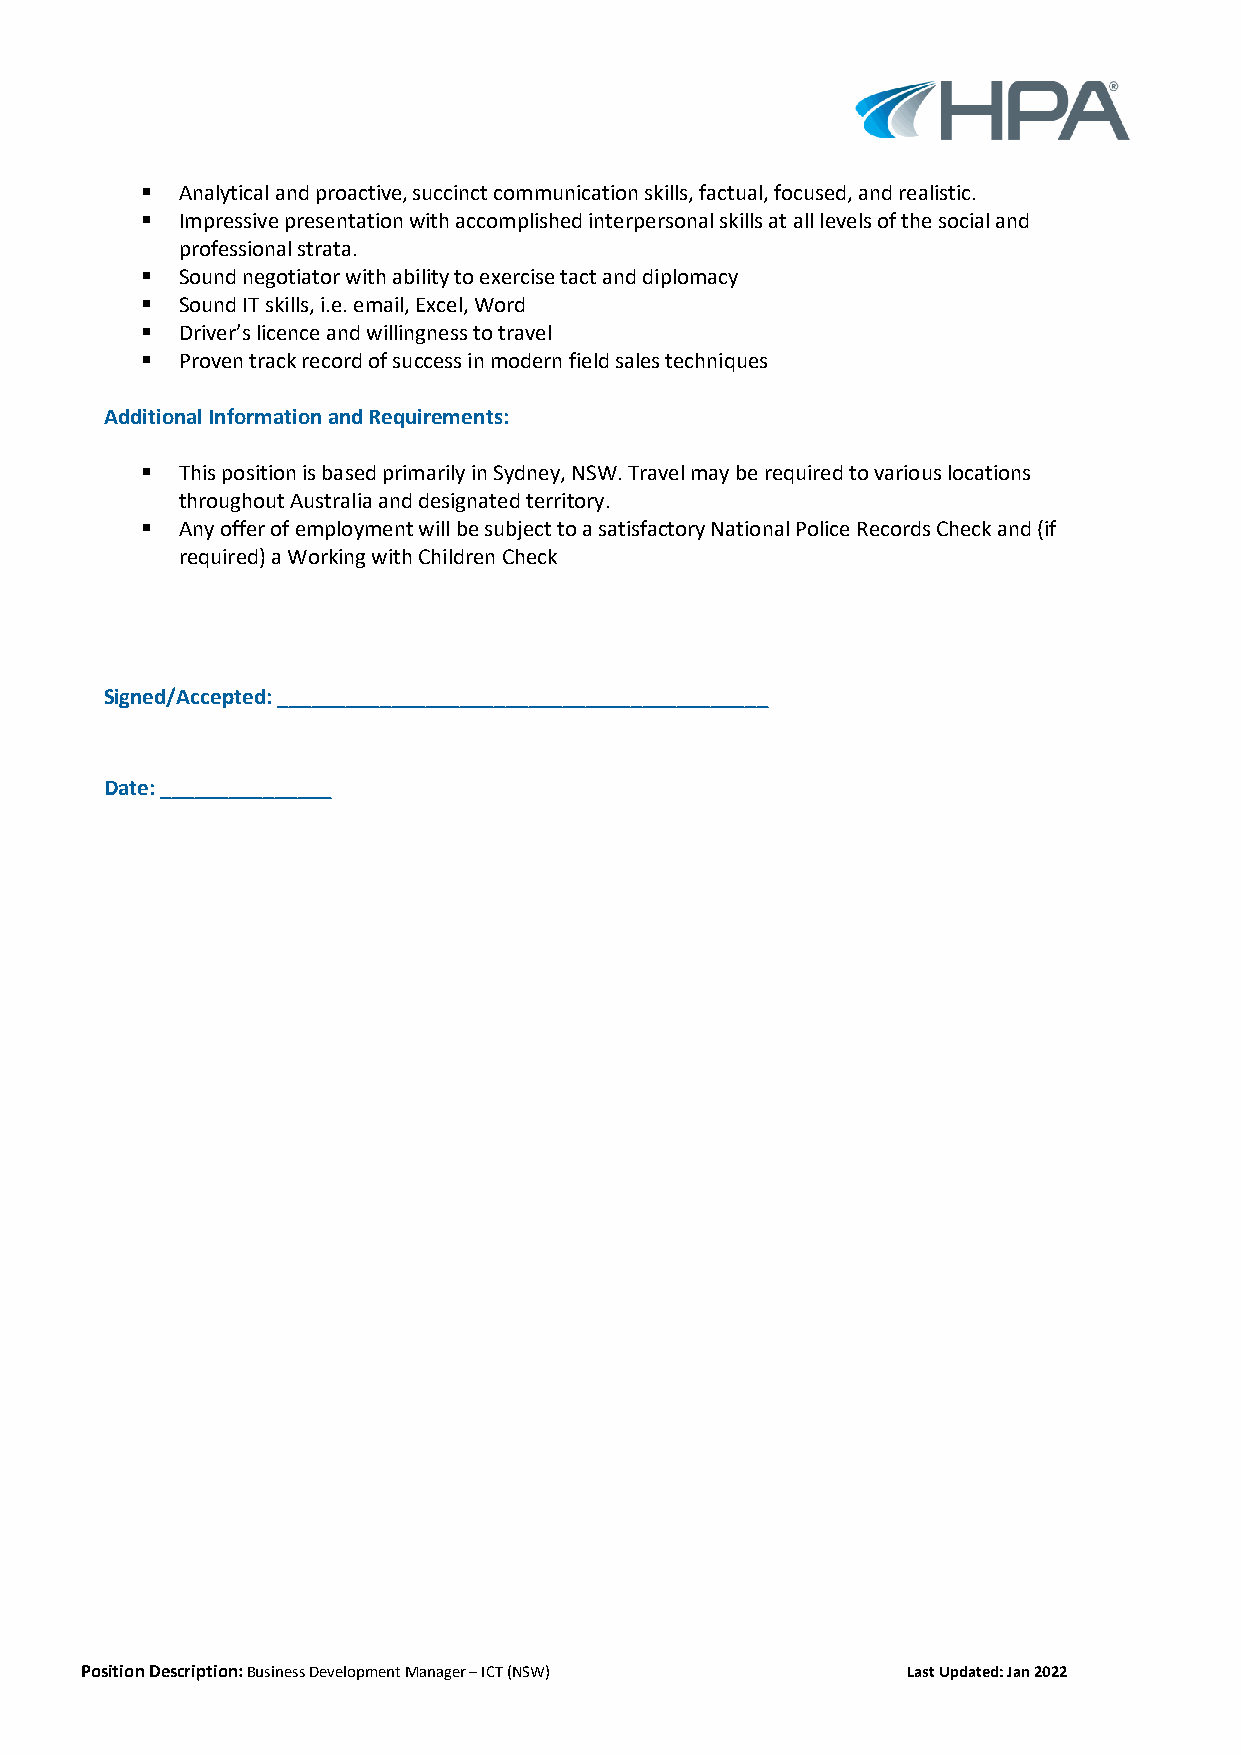
▪  Analytical and proactive, succinct communication skills, factual, focused, and realistic.
 ▪  Impressive presentation with accomplished interpersonal skills at all levels of the social and
 professional strata.
 ▪  Sound negotiator with ability to exercise tact and diplomacy
 ▪  Sound IT skills, i.e. email, Excel, Word
 ▪  Driver’s licence and willingness to travel
 ▪  Proven track record of success in modern field sales techniques
 Additional Information and Requirements:
 ▪  This position is based primarily in Sydney, NSW. Travel may be required to various locations
 throughout Australia and designated territory.
 ▪  Any offer of employment will be subject to a satisfactory National Police Records Check and (if
 required) a Working with Children Check
 Signed/Accepted: ___________________________________________
 Date: _______________
 Position Description: Business Development Manager – ICT (NSW) Last Updated: Jan 2022